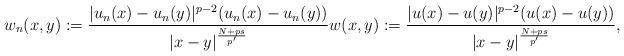
LaTeX: \begin{align*}w_n(x, y):=\frac{|u_n(x)-u_n(y)|^{p-2}(u_n(x)-u_n(y))}{|x-y|^{\frac{N+ps}{p'}}}w(x, y):= \frac{|u(x)-u(y)|^{p-2}(u(x)-u(y))}{|x-y|^{\frac{N+ps}{p'}}},\end{align*}